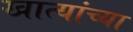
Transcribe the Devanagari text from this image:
खात्यांच्या